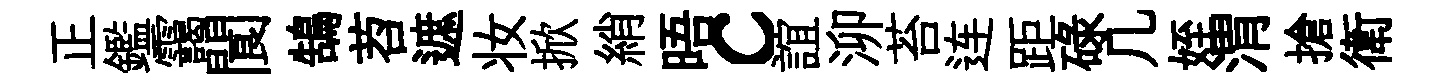
正鑑靄閬鵠苕遮妆掀綃晤c誼泖苔连距碌几姪渭搶衛